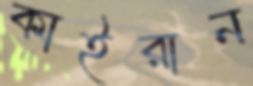
কাইরান